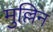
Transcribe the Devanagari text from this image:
मुल्लिन